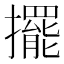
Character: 擺